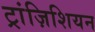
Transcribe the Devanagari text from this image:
ट्रांज़िशियन